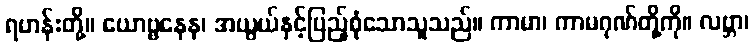
ရဟန်းတို့။ ယောဗ္ဗနေန၊ အယွယ်နှင့်ပြည့်စုံသောသူသည်။ ကာမာ၊ ကာမဂုဏ်တို့ကို။ လဗ္ဘာ၊